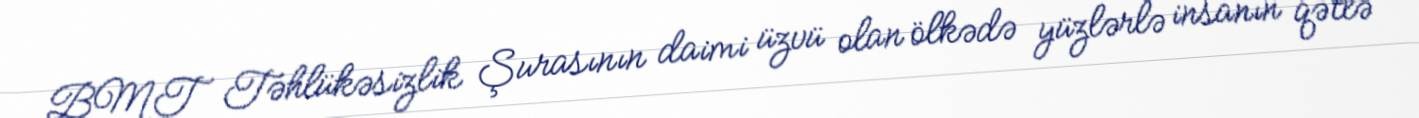
BMT Təhlükəsizlik Şurasının daimi üzvü olan ölkədə yüzlərlə insanın qətlə